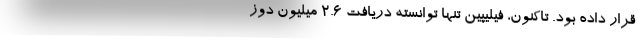
قرار داده بود. تاکنون، فیلیپین تنها توانسته دریافت 2.6 میلیون دوز